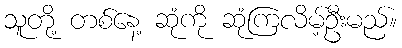
သူတို့ တစ်နေ့ ဆုံကို ဆုံကြလိမ့်ဦးမည်။